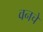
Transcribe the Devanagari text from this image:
वनचे